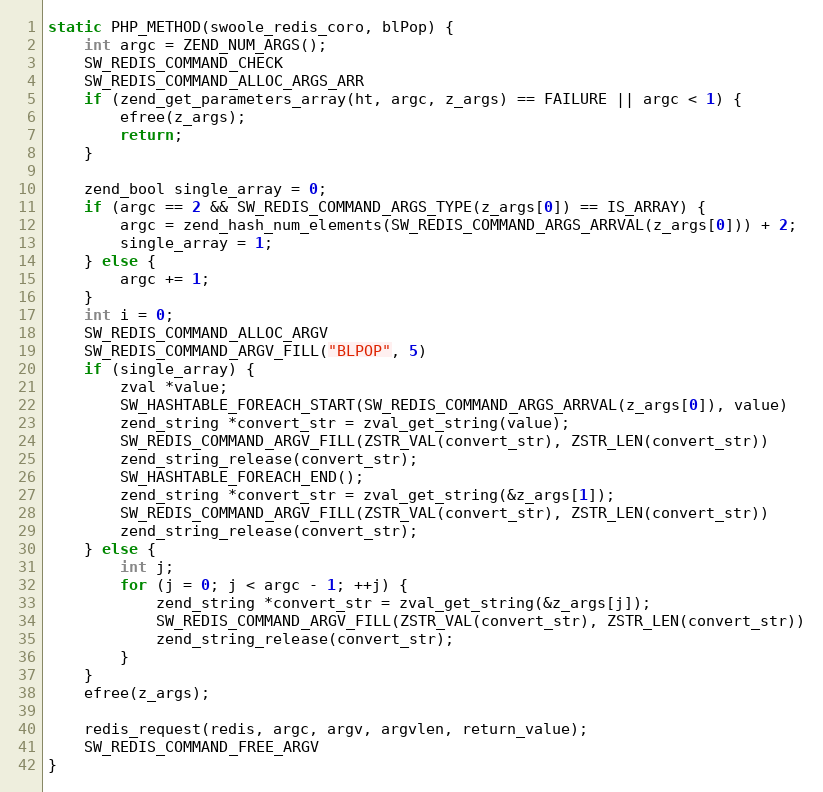
Language: C++
static PHP_METHOD(swoole_redis_coro, blPop) {
    int argc = ZEND_NUM_ARGS();
    SW_REDIS_COMMAND_CHECK
    SW_REDIS_COMMAND_ALLOC_ARGS_ARR
    if (zend_get_parameters_array(ht, argc, z_args) == FAILURE || argc < 1) {
        efree(z_args);
        return;
    }

    zend_bool single_array = 0;
    if (argc == 2 && SW_REDIS_COMMAND_ARGS_TYPE(z_args[0]) == IS_ARRAY) {
        argc = zend_hash_num_elements(SW_REDIS_COMMAND_ARGS_ARRVAL(z_args[0])) + 2;
        single_array = 1;
    } else {
        argc += 1;
    }
    int i = 0;
    SW_REDIS_COMMAND_ALLOC_ARGV
    SW_REDIS_COMMAND_ARGV_FILL("BLPOP", 5)
    if (single_array) {
        zval *value;
        SW_HASHTABLE_FOREACH_START(SW_REDIS_COMMAND_ARGS_ARRVAL(z_args[0]), value)
        zend_string *convert_str = zval_get_string(value);
        SW_REDIS_COMMAND_ARGV_FILL(ZSTR_VAL(convert_str), ZSTR_LEN(convert_str))
        zend_string_release(convert_str);
        SW_HASHTABLE_FOREACH_END();
        zend_string *convert_str = zval_get_string(&z_args[1]);
        SW_REDIS_COMMAND_ARGV_FILL(ZSTR_VAL(convert_str), ZSTR_LEN(convert_str))
        zend_string_release(convert_str);
    } else {
        int j;
        for (j = 0; j < argc - 1; ++j) {
            zend_string *convert_str = zval_get_string(&z_args[j]);
            SW_REDIS_COMMAND_ARGV_FILL(ZSTR_VAL(convert_str), ZSTR_LEN(convert_str))
            zend_string_release(convert_str);
        }
    }
    efree(z_args);

    redis_request(redis, argc, argv, argvlen, return_value);
    SW_REDIS_COMMAND_FREE_ARGV
}